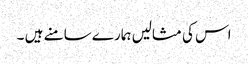
اس کی مثالیں ہمارے سامنے ہیں ۔